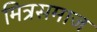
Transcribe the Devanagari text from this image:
मित्रसमाज